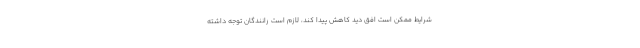
شرایط ممکن است افق دید کاهش پیدا کند، لازم است رانندگان توجه داشته